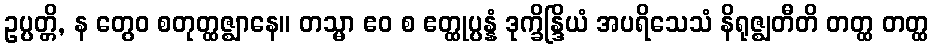
ဥပ္ပတ္တိ, န တွေဝ စတုတ္ထဇ္ဈာနေ။ တသ္မာ ဧဝ စ ဧတ္ထုပ္ပန္နံ ဒုက္ခိန္ဒြိယံ အပရိသေသံ နိရုဇ္ဈတီတိ တတ္ထ တတ္ထ